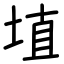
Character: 埴